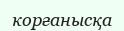
корғанысқа